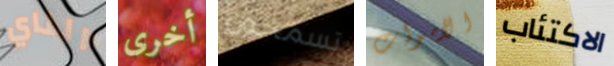
الناي أخرى تسمحون الاموات الاكتئاب